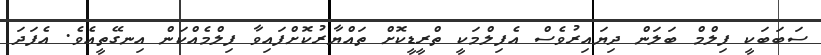
ސަބަބަކީ ފިލްމް ބަލަން ދިޔައިރުވެސް އެފިލްމަކީ ތްރީޑީކޮށް ތައްޔާރުކޮށްފައިވާ ފިލްމެއްކަން އިނގޭތީއެވެ. އެފަދަ